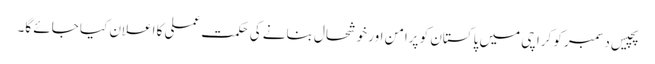
پچیس دسمبر کو کراچی میں پاکستان کو پرامن اور خوشحال بنانے کی حکمت عملی کا اعلان کیا جائے گا۔